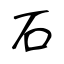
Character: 石